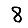
Digit: 8